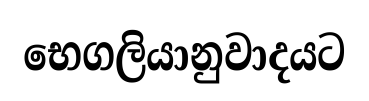
භෙගලියානුවාදයට